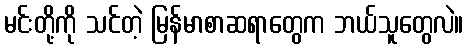
မင်းတို့ကို သင်တဲ့ မြန်မာစာဆရာတွေက ဘယ်သူတွေလဲ။